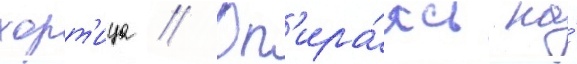
хорт'ица // Оп'ира́ясь на́